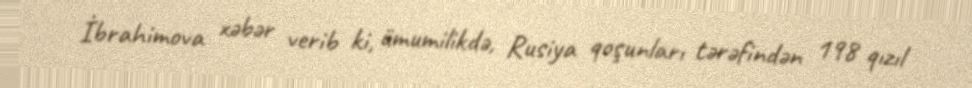
İbrahimova xəbər verib ki, ümumilikdə, Rusiya qoşunları tərəfindən 198 qızıl